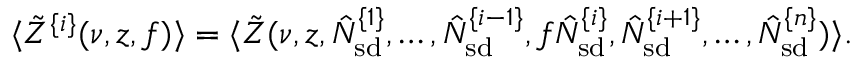
\langle \tilde { Z } ^ { \{ i \} } ( \nu , z , f ) \rangle = \langle \tilde { Z } ( \nu , z , \hat { N } _ { \mathrm { s d } } ^ { \{ 1 \} } , \ldots , \hat { N } _ { \mathrm { s d } } ^ { \{ i - 1 \} } , f \hat { N } _ { \mathrm { s d } } ^ { \{ i \} } , \hat { N } _ { \mathrm { s d } } ^ { \{ i + 1 \} } , \ldots , \hat { N } _ { \mathrm { s d } } ^ { \{ n \} } ) \rangle .